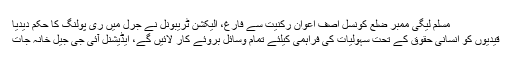
مسلم لیگی ممبر ضلع کونسل آصف اعوان رکنیت سے فارغ، الیکشن ٹریبونل نے جرل میں ری پولنگ کا حکم دیدیا
قیدیوں کو انسانی حقوق کے تحت سہولیات کی فراہمی کیلئے تمام وسائل بروئے کار لائیں گے، ایڈیشنل آئی جی جیل خانہ جات